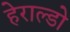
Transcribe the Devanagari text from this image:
हेराल्डो